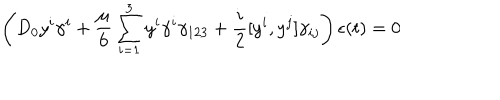
LaTeX: \left( D _ { 0 } y ^ { i } \gamma ^ { i } + { \frac { \mu } { 6 } } \sum _ { i = 1 } ^ { 3 } y ^ { i } \gamma ^ { i } \gamma _ { 1 2 3 } + { \frac { i } { 2 } } [ y ^ { i } , y ^ { j } ] \gamma _ { i j } \right) \epsilon ( t ) = 0